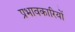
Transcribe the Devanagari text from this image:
प्रभावकारियों